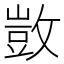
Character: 敳